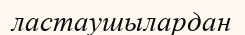
ластаушылардан